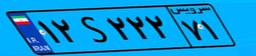
۱۲S۲۲۲۷۱